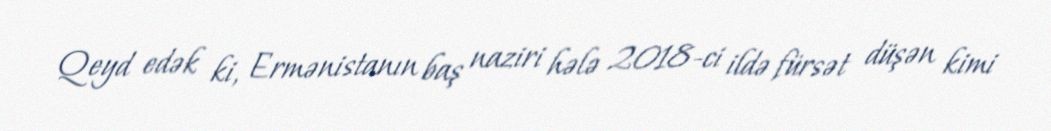
Qeyd edək ki, Ermənistanın baş naziri hələ 2018-ci ildə fürsət düşən kimi